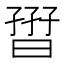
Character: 𡦏